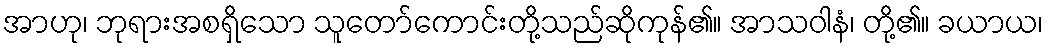
အာဟု၊ ဘုရားအစရှိသော သူတော်ကောင်းတို့သည်ဆိုကုန်၏။ အာသဝါနံ၊ တို့၏။ ခယာယ၊